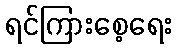
ရင်ကြားစေ့ရေး